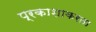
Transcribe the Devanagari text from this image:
प्रकाशाकरता